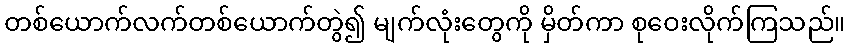
တစ်ယောက်လက်တစ်ယောက်တွဲ၍ မျက်လုံးတွေကို မှိတ်ကာ စုဝေးလိုက်ကြသည်။